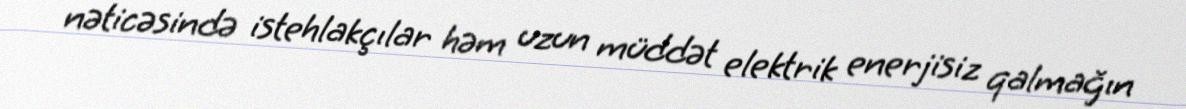
nəticəsində istehlakçılar həm uzun müddət elektrik enerjisiz qalmağın